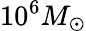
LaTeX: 10^{6}M_{\odot}